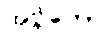
အဗ္ဘိတော